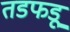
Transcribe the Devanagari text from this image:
तडफडू